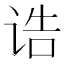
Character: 诰